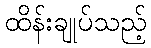
ထိန်းချုပ်သည့်